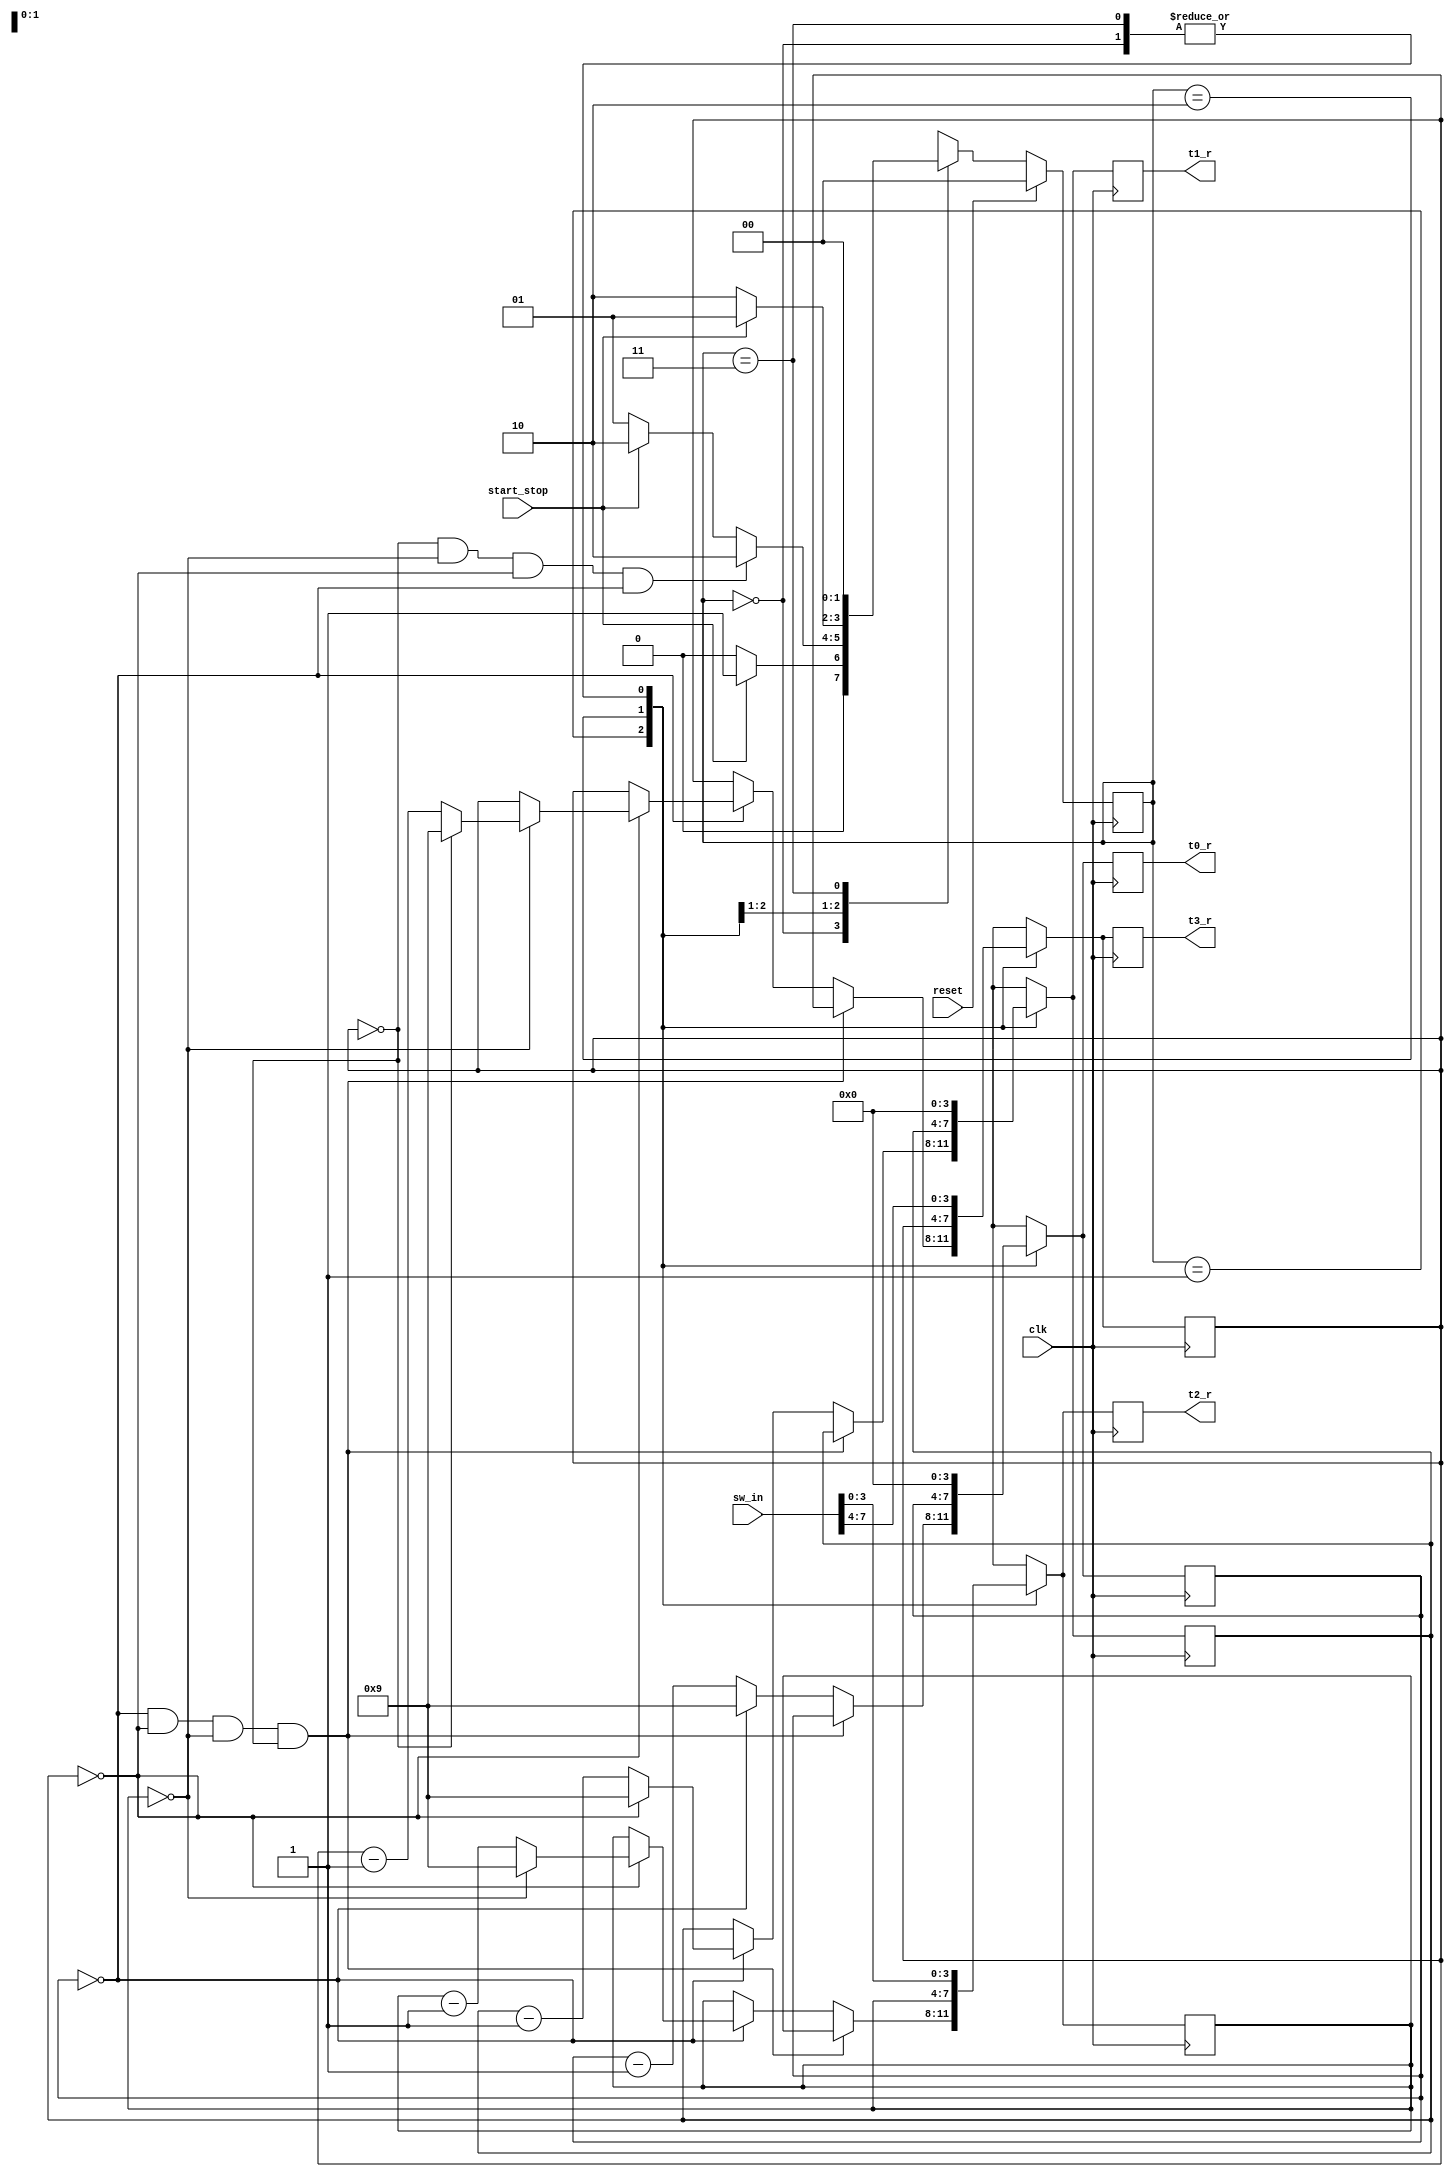
`timescale 1ns / 1ps
//////////////////////////////////////////////////////////////////////////////////
// Company: 
// Engineer: 
// 
// Design Name: 
// Module Name: increment_val1
// Project Name: 
// Target Devices: 
// Tool Versions: 
// Description: 
// 
// Dependencies: 
// 
// Revision:
// Revision 0.01 - File Created
// Additional Comments:
// 
//////////////////////////////////////////////////////////////////////////////////


module decrement_val(


    input wire clk,
    input wire reset,
    input wire start_stop,
    input wire [9:2] sw_in,
    output reg [3:0] t3_r,
    output reg [3:0] t2_r,
    output reg [3:0] t1_r,
    output reg [3:0] t0_r 
    
    );
    
      reg[1:0] state; 
      reg[1:0] next_state; 
      
      reg[26:0] firstsec;
      wire[26:0] secondsec; 
     // reg[3:0] t3_r,t2_r,t1_r,t0_r; //digits
      reg[3:0] t3_next, t2_next, t1_next, t0_next; 
      wire t3_on, t2_on, t1_on, t0_on;
      wire s3, s2,s1, s0; 
      
  
     
          
      
      always @(posedge clk)
          if(reset)
              state <=2'b00; 
           else
              state <= next_state; 
  
          //00 initial, 01 increment, 10 hold 11 nothing
     always @(*) begin   
     if(reset)
     next_state = 2'b00; 
     if(t3_next == 0 && t2_next == 0 && t1_next == 0 && t0_next == 0)
     next_state = 2'b10;
       
    //  always @ (posedge clk) begin
          case(state)
              2'b00:begin 
                  
                  if(start_stop)
                      next_state = 2'b01; 
                  else
                      next_state = 2'b00; 
              end        
              2'b01:begin
                  if(t3_next == 0 && t2_next == 0 && t1_next == 0 && t0_next == 0)
                      next_state = 2'b10;
                  else if(reset)
                      next_state = 2'b00; 
                  else if (start_stop)
                      next_state = 2'b10; 
                  else 
                  //if(!reset && !start_stop)
                      next_state = 2'b01; 
              end 
              
              2'b10:begin
                  if(reset)
                      next_state = 2'b00;
                  else if(start_stop)
                      next_state = 2'b01; 
                          
                  else
                      next_state = 2'b10;  
              end
              
              2'b11:begin
                  next_state = 2'b00; 
              end
              
              
       endcase
       end
              
              
    
         
    always @(posedge clk)
  //  always @(*) // DIDNT WORK 
     begin
        case(state)
          2'b00:begin
              t3_next = sw_in[9:6];
              t2_next = sw_in[5:2];
              t1_next = 0;
              t0_next = 0; 
          end 
          
          2'b01:begin
          if(t0_next == 0 && t1_next == 0 && t2_next == 0 && t3_next == 0) begin
                  t0_next = t0_next;
                  t1_next = t1_next;
                  t2_next = t2_next;
                  t3_next = t3_next;
                  end
          else begin         
          if(t0_next == 0)
          begin
            t0_next = 9; 
            if(t1_next == 0)
            begin
              t1_next =9; 
              if(t2_next == 0)
              begin
                  t2_next = 9;
                  if(t3_next == 0)
                     t3_next = 9; 
                  else
                      t3_next = t3_next - 1;   
                      
              end else
                  t2_next = t2_next -1;
              end else
                  t1_next = t1_next - 1;
              end else
                  t0_next = t0_next - 1; 
             end 
             end
           2'b10: begin
           t0_next = t0_next; //save the value
           t1_next = t1_next; //save
           t2_next = t2_next; 
           t3_next = t3_next; 
           end
           
           2'b11: begin
           t3_next = sw_in[9:6];
           t2_next = sw_in[5:2];
           t1_next = 0;
           t0_next = 0; 
           end
           default: begin 
              t3_next = sw_in[9:6];
              t2_next = sw_in[5:2]; 
              t1_next = 0;
              t0_next = 0; 
              end 
           endcase
           
                    
           t3_r = t3_next;
           t2_r = t2_next;
           t1_r = t1_next;
           t0_r = t0_next; 
  
           
           end
           
   
  
           
  endmodule